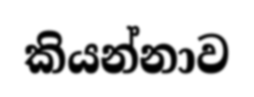
කියන්නාව